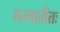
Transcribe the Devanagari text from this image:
तत्त्वातीतः